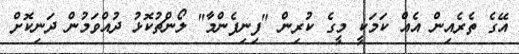
އޭގެ ތެރެއިން އެއް ކަމަކީ މީގެ ކުރިން "ފިނިފެންމާ" ލޯންޗުކޮޅު ދުއްވަމުން ދަނިކޮށް